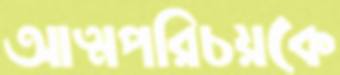
আত্মপরিচয়কে